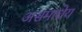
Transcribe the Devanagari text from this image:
असमाधेय